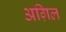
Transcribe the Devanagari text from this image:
अग़िल